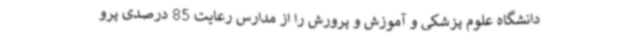
دانشگاه علوم پزشکی و آموزش و پرورش را از مدارس رعایت 85 درصدی پرو